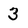
Character: 3